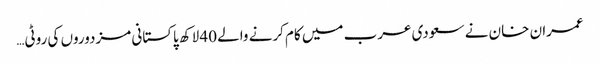
عمران خان نے سعودی عرب میں کام کرنے والے 40 لاکھ پاکستانی مزدوروں کی روٹی…